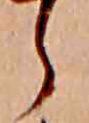
ら